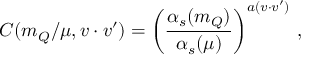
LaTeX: C ( m _ { Q } / \mu , v \cdot v ^ { \prime } ) = \left( \frac { \alpha _ { s } ( m _ { Q } ) } { \alpha _ { s } ( \mu ) } \right) ^ { a ( v \cdot v ^ { \prime } ) } \, ,